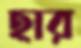
হার